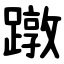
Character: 蹾